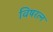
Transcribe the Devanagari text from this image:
विषरत्न